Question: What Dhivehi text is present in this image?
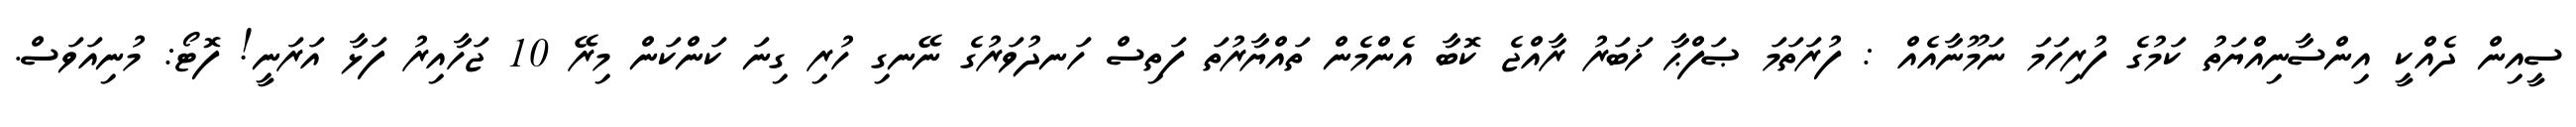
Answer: ސީއިން ދެއްކީ އިންސާނިއްޔަތު ކަމުގެ ފުރިހަމަ ނަމޫނާއެއް : ފުރަތަމަ ޞަފްޙާ ޚަބަރު ރާއްޖެ ކޮބާ އެންމެން ތައްޔާރުތަ ފަތިސް ހަނދުވަރުގެ ނޭނގި ހުރި ގިނަ ކަންކަން މިރޭ 10 ޖަހާއިރު ފަޅާ އަރަނީ! ފޮޓޯ: މުނިއަވަސް.